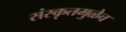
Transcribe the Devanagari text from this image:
संस्कृतमुळेच